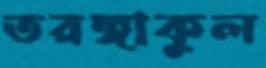
তরঙ্গাকুল